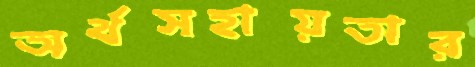
অর্থসহায়তার